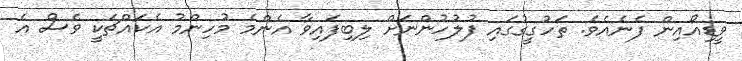
ވީޑިއޯއިން ފެނެއެވެ. ތަހުގީގުގައި ފުލުހުންނަށް ލިބިފައިވާ އެންމެ މުހިންމު އެކައްޗަކީ ވެސް އެ